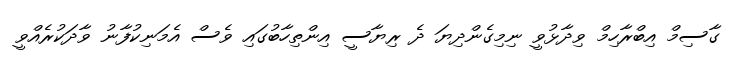
ގާސިމް އިބްރާހިމް ވިދާޅުވީ ނިމިގެންދިޔަ ދެ ރިޔާސީ އިންތިހާބުގައި ވެސް އެމަނިކުފާނު ވާދަކުރެއްވީ